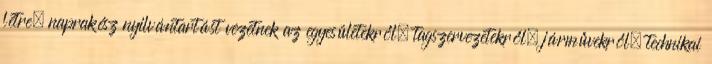
létre, naprakész nyilvántartást vezetnek az egyesületekről, tagszervezetekről, járművekről, technikai